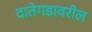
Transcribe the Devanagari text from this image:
दातेगडावरील